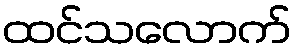
ထင်သလောက်